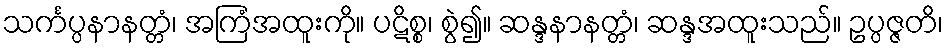
သင်္ကပ္ပနာနတ္တံ၊ အကြံအထူးကို။ ပဋိစ္စ၊ စွဲ၍။ ဆန္ဒနာနတ္တံ၊ ဆန္ဒအထူးသည်။ ဥပ္ပဇ္ဇတိ၊